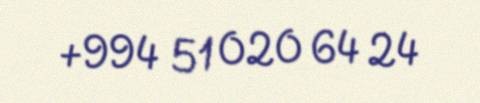
+994 51 020 64 24